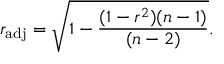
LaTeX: r _ { \mathrm { a d j } } = { \sqrt { 1 - { \frac { ( 1 - r ^ { 2 } ) ( n - 1 ) } { ( n - 2 ) } } } } .